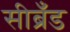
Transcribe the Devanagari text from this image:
सीब्रँड